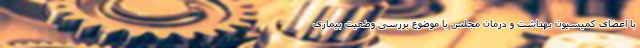
با اعضای کمیسیون بهداشت و درمان مجلس با موضوع بررسی وضعیت بیماری